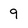
Character: 9